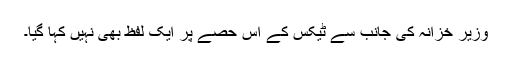
وزیر خزانہ کی جانب سے ٹیکس کے اس حصے پر ایک لفظ بھی نہیں کہا گیا۔